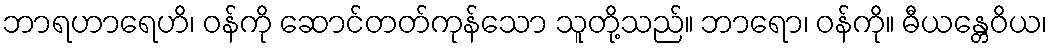
ဘာရဟာရေဟိ၊ ဝန်ကို ဆောင်တတ်ကုန်သော သူတို့သည်။ ဘာရော၊ ဝန်ကို။ ဓီယန္တေဝိယ၊